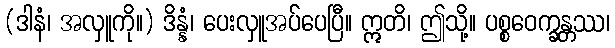
(ဒါနံ၊ အလှူကို။) ဒိန္နံ၊ ပေးလှူအပ်ပေပြီ။ ဣတိ၊ ဤသို့။ ပစ္စဝေက္ခန္တဿ၊